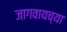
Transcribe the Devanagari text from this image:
जागवायच्या